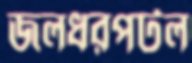
জলধরপটল